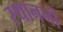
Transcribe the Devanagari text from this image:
स्थाननों